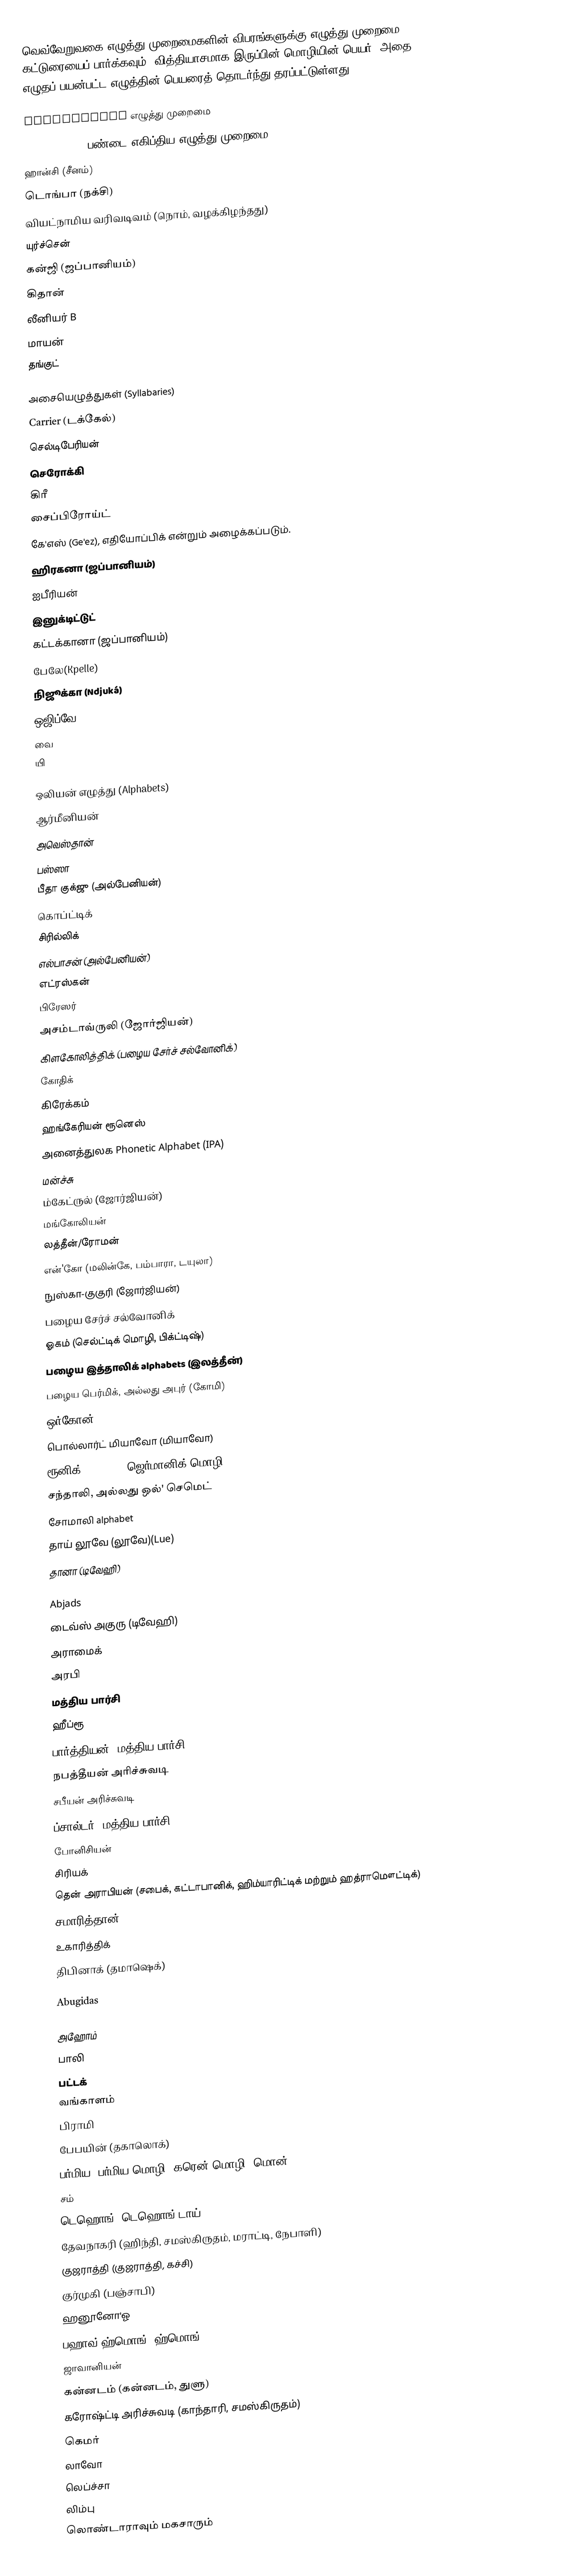
வெவ்வேறுவகை எழுத்து முறைமைகளின் விபரங்களுக்கு எழுத்து முறைமை கட்டுரையைப் பார்க்கவும். வித்தியாசமாக இருப்பின் மொழியின் பெயர், அதை எழுதப் பயன்பட்ட எழுத்தின் பெயரைத் தொடர்ந்து தரப்பட்டுள்ளது.

Logographic எழுத்து முறைமை
Hieroglypics - பண்டை எகிப்திய எழுத்து முறைமை
ஹான்சி (சீனம்)
டொங்பா (நக்சி)
வியட்நாமிய வரிவடிவம் (நொம், வழக்கிழந்தது)
யுர்ச்சென்
கன்ஜி (ஜப்பானியம்)
கிதான்
லீனியர் B
மாயன்
தங்குட்

அசையெழுத்துகள் (Syllabaries)
Carrier (டக்கேல்)
செல்டிபேரியன்
செரோக்கி
கிரீ
சைப்பிரோய்ட்
கே'எஸ் (Ge'ez), எதியோப்பிக் என்றும் அழைக்கப்படும்.
ஹிரகனா (ஜப்பானியம்)
ஐபீரியன்
இனுக்டிட்டுட்
கட்டக்கானா (ஜப்பானியம்)
பேலே(Kpelle)
நிஜூக்கா (Ndjuká)
ஒஜிப்வே
வை
யி

ஒலியன் எழுத்து (Alphabets)
ஆர்மீனியன்
அவெஸ்தான்
பஸ்ஸா
பீதா குக்ஜு (அல்பேனியன்)
கொப்ட்டிக்
சிரில்லிக்
எல்பாசன் (அல்பேனியன்)
எட்ரஸ்கன்
பிரேஸர்
அசம்டாவ்ருலி (ஜோர்ஜியன்)
கிளகோலித்திக் (பழைய சேர்ச் சல்வோனிக்)
கோதிக்
கிரேக்கம்
ஹங்கேரியன் ரூனெஸ்
அனைத்துலக Phonetic Alphabet (IPA)
மன்ச்சு
ம்கேட்ருல் (ஜோர்ஜியன்)
மங்கோலியன்
லத்தீன்/ரோமன்
என்'கோ (மலின்கே, பம்பாரா, டயுலா)
நுஸ்கா-குகுரி (ஜோர்ஜியன்)
பழைய சேர்ச் சல்வோனிக்
ஓகம் (செல்ட்டிக் மொழி, பிக்ட்டிஷ்)
பழைய இத்தாலிக் alphabets (இலத்தீன்)
பழைய பெர்மிக், அல்லது அபுர் (கோமி)
ஒர்கோன் (Turkic runes)
பொல்லார்ட் மியாவோ (மியாவோ)
ரூனிக் alphabet (ஜெர்மானிக் மொழி)
சந்தாலி, அல்லது ஒல்' செமெட்
சோமாலி alphabet
தாய் லூவே (லூவே)(Lue)
தானா (டிவேஹி)

Abjads
டைவ்ஸ் அகுரு (டிவேஹி)
அராமைக்
அரபி
மத்திய பார்சி
ஹீப்ரூ
பார்த்தியன் (மத்திய பார்சி)
நபத்தீயன் அரிச்சுவடி
சபீயன் அரிச்சுவடி
ப்சால்டர் (மத்திய பார்சி)
போனிசியன்
சிரியக்
தென் அராபியன் (சபைக், கட்டாபானிக், ஹிம்யாரிட்டிக் மற்றும் ஹத்ராமௌட்டிக்)
சமாரித்தான்
உகாரித்திக்
திபினாக் (தமாஷெக்)

Abugidas

அஹோம்
பாலி
பட்டக்
வங்காளம்
பிராமி
பேபயின் (தகாலொக்)
பர்மிய (பர்மிய மொழி, கரென் மொழி, மொன்
சம்
டெஹொங் (டெஹொங் டாய்)
தேவநாகரி (ஹிந்தி, சமஸ்கிருதம், மராட்டி, நேபாளி)
குஜராத்தி (குஜராத்தி, கச்சி)
குர்முகி (பஞ்சாபி)
ஹனூனோ'ஓ
பஹாவ் ஹ்மொங் (ஹ்மொங்)
ஜாவானியன்
கன்னடம் (கன்னடம், துளு)
கரோஷ்ட்டி அரிச்சுவடி (காந்தாரி, சமஸ்கிருதம்)
கெமர்
லாவோ
லெப்ச்சா
லிம்பு
லொண்டாராவும் மகசாரும்